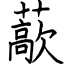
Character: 藃